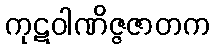
ကုဋဝါဏိဇ္ဇဇာတက